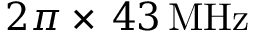
2 \pi \times \, 4 3 \, \mathrm { M H z }